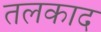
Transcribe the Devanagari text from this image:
तलकाद